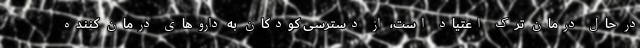
در حال درمان ترک اعتیاد است، از دسترسی کودکان به داروهای درمان کننده